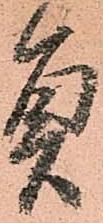
員